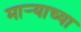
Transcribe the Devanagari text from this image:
मार्‍याच्या